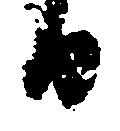
日